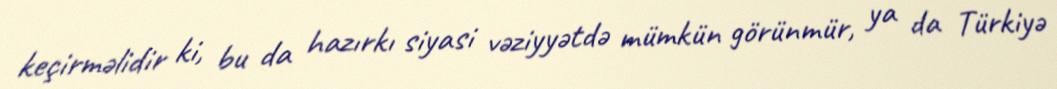
keçirməlidir ki, bu da hazırkı siyasi vəziyyətdə mümkün görünmür, ya da Türkiyə